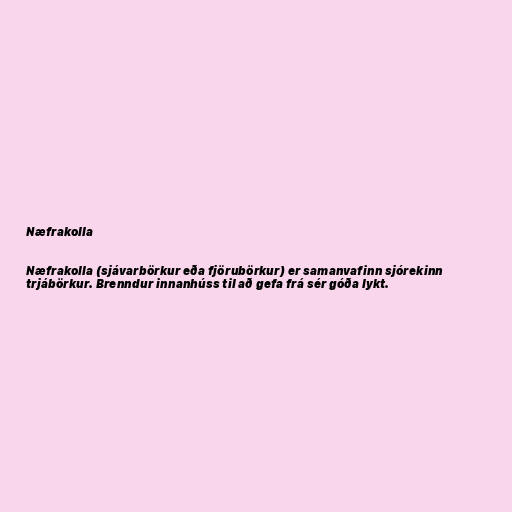
Næfrakolla

Næfrakolla (sjávarbörkur eða fjörubörkur) er samanvafinn sjórekinn
trjábörkur. Brenndur innanhúss til að gefa frá sér góða lykt.